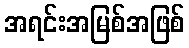
အရင်းအမြစ်အဖြစ်